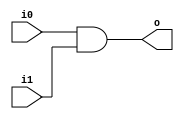

module and2 (input wire i0, i1, output wire o);
  assign o = i0 & i1;
endmodule

module or2 (input wire i0, i1, output wire o);
  assign o = i0 | i1;
endmodule

module xor2 (input wire i0, i1, output wire o);
  assign o = i0 ^ i1;
endmodule
module singlesig(input wire A,B,output wire G,P); // for one byte only 
	xor2 Pi(A,B,P);
	and2 Gi(A,B,G);
endmodule

module sepsig(input wire[15:0]A,B,output wire[15:0]G,P); //instantiate for all 16 bits
	singlesig I0(A[0],B[0],G[0],P[0]);
	singlesig I1(A[1],B[1],G[1],P[1]);
	singlesig I2(A[2],B[2],G[2],P[2]);
	singlesig I3(A[3],B[3],G[3],P[3]);
	singlesig I4(A[4],B[4],G[4],P[4]);
	singlesig I5(A[5],B[5],G[5],P[5]);
	singlesig I6(A[6],B[6],G[6],P[6]);
	singlesig I7(A[7],B[7],G[7],P[7]);
	singlesig I8(A[8],B[8],G[8],P[8]);
	singlesig I9(A[9],B[9],G[9],P[9]);
	singlesig I10(A[10],B[10],G[10],P[10]);
	singlesig I11(A[11],B[11],G[11],P[11]);
	singlesig I12(A[12],B[12],G[12],P[12]);
	singlesig I13(A[13],B[13],G[13],P[13]);
	singlesig I14(A[14],B[14],G[14],P[14]);
	singlesig I15(A[15],B[15],G[15],P[15]);
//a=0110
//b=1010
//p=1100
//g=0010
endmodule

module blocksig(input wire gen1,gen2,prop1,prop2,output wire gbl,pbl);
	wire t;
	and2 Pij(prop1,prop2,pbl);
	and2 bl2(prop1,gen2,t);
	or2 Gij(gen1,t,gbl);
endmodule

module sumcalc(input wire P,cin, output wire S);
	xor2 sum(P,cin,S);
endmodule

module prefix(input wire[15:0]G,P,input wire cin,output wire[15:0]S,Gi,output wire cout);


	wire P0i,G0201,P0201,G0403,P0403,G0605,P0605,G0807,P0807,G1009,P1009,G1211,P1211,G1413,P1413,P01i,
	P02i,G0503,P0503,G0603,P0603,G0907,P0907,G1007,P1007,G1311,P1311,G1411,P1411,P03i,P04i,P05i,P06i,G1107,
	P1107,G1207,P1207,G1307,P1307,G1407,P1407,P07i,P08i,P09i,P10i,
	P11i,P12i,P13i,P14i,P15i;


	blocksig tree1(G[0],cin,P[0],1'b1,Gi[0],P0i);   //first byte of G and P;P0=p[0]
	blocksig tree2(G[2],G[1],P[2],P[1],G0201,P0201);   //P2:1 = P[2]*P[1]; G2:1= G[2] + G[1].P[2]
	blocksig tree3(G[4],G[3],P[4],P[3],G0403,P0403);  //P4:3=P[3]*P[4], G4:3=G[4]+G[3].P[4]
	blocksig tree4(G[6],G[5],P[6],P[5],G0605,P0605);  //P6:5=P[6]*P[5], G6:5=G[6]+G[5].P[6]
	blocksig tree5(G[8],G[7],P[8],P[7],G0807,P0807);  //P8:7=P[8]*P[7], G8:7=G[8]+G[7].P[8]
	blocksig tree6(G[10],G[9],P[10],P[9],G1009,P1009);  //P10:9=P[10]*P[9], G10:9=G[10]+G[9].P[10]
	blocksig tree7(G[12],G[11],P[12],P[11],G1211,P1211);  //P12:11=P[12]*P[11], G812:11=G[12]+G[11].P[12]
	blocksig tree8(G[14],G[13],P[14],P[13],G1413,P1413);  //P14:13=P[14]*P[13], G14:13=G[14]+G[13].P[14]
	blocksig tree9(G[1],Gi[0],P[1],P0i,Gi[1],P01i);  
	blocksig tree10(G0201,Gi[0],P0201,P0i,Gi[2],P02i);
	blocksig tree11(G[5],G0403,P[5],P0403,G0503,P0503);
	blocksig tree12(G0605,G0403,P0605,P0403,G0603,P0603);
	blocksig tree13(G[9],G0807,P[9],P0807,G0907,P0907);
	blocksig tree14(G1009,G0807,P1009,G0807,G1007,P1007);
	blocksig tree15(G[13],G1211,P[13],P1211,G1311,P1311);
	blocksig tree16(G1413,G1211,P1413,P1211,G1411,P1411);
	blocksig tree17(G[3],Gi[2],P[3],P02i,Gi[3],P03i);
	blocksig tree18(G0403,Gi[2],P0403,Gi[2],Gi[4],P04i);
	blocksig tree19(G0503,Gi[2],P0503,Gi[2],Gi[5],P05i);
	blocksig tree20(G0603,Gi[2],P0603,P02i,Gi[6],P06i);
	blocksig tree21(G[11],G1007,P[11],P1007,G1107,P1107);
	blocksig tree22(G1211,G1007,P1211,P1007,G1207,P1207);
	blocksig tree23(G1311,G1007,P1311,P1007,G1307,P1307);
	blocksig tree24(G1411,G1007,P1411,P1007,G1407,P1407);
	blocksig tree25(G[7],Gi[6],P[7],P06i,Gi[7],P07i);
	blocksig tree26(G0807,Gi[6],P0807,P06i,Gi[8],P08i);
	blocksig tree27(G0907,Gi[6],P0907,P06i,Gi[9],P09i);
	blocksig tree28(G1007,Gi[6],P1007,P06i,Gi[10],P10i);
	blocksig tree29(G1107,Gi[6],P1107,P06i,Gi[11],P11i);
	blocksig tree30(G1207,Gi[6],P1207,P06i,Gi[12],P12i);
	blocksig tree31(G1307,Gi[6],P1307,Gi[6],Gi[13],P13i);
	blocksig tree32(G1407,Gi[6],P1407,Gi[6],Gi[14],P14i);
	blocksig tree33(G[15],Gi[14],P[15],P14i,cout,P15i);
	sumcalc s0(P[0],cin,S[0]);
	sumcalc s1(P[1],Gi[0],S[1]);
	sumcalc s2(P[2],Gi[1],S[2]);
	sumcalc s3(P[3],Gi[2],S[3]);
	sumcalc s4(P[4],Gi[3],S[4]);
	sumcalc s5(P[5],Gi[4],S[5]);
	sumcalc s6(P[6],Gi[5],S[6]);
	sumcalc s7(P[7],Gi[6],S[7]);
	sumcalc s8(P[8],Gi[7],S[8]);
	sumcalc s9(P[9],Gi[8],S[9]);
	sumcalc s10(P[10],Gi[9],S[10]);
	sumcalc s11(P[11],Gi[10],S[11]);
	sumcalc s12(P[12],Gi[11],S[12]);
	sumcalc s13(P[13],Gi[12],S[13]);
	sumcalc s14(P[14],Gi[13],S[14]);
	sumcalc s15(P[15],Gi[14],S[15]);
endmodule




module testbench;
	reg [15:0]A,B;
	reg cin;
	wire [15:0]S,Gi;
	wire cout;
	prefix p(A,B,cin,S,Gi,cout);
	initial begin
		$dumpfile("miniproject.vcd");
		$dumpvars(0,testbench); end
	initial 
	begin
		A=16'b0000000000000010;
		B=16'b0000000000000010;
		cin=1'b0;
	end
	initial begin
		$monitor($time, "A=%b B=%b Cin=%b S=%b Cout=%b Gi=%b",A,B,cin,S,cout,Gi);
	end
endmodule